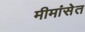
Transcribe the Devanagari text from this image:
मीमांसेत